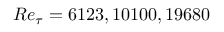
R e _ { \tau } = 6 1 2 3 , 1 0 1 0 0 , 1 9 6 8 0